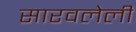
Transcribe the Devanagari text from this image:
सारवलेली